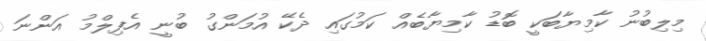
މިލިބުނު ކާމިޔާބަކީ ބޮޑު ކާމިޔާބެއް ކަމުގައި ދެކޭ އުމަންގު ބުނީ އެފިލްމު އަންނަ